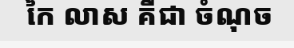
កៃ លាស គឺជា ចំណុច